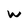
Character: w